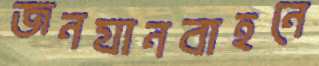
জনযানবাহনে